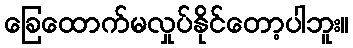
ခြေထောက်မလှုပ်နိုင်တော့ပါဘူး။